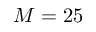
M = 2 5